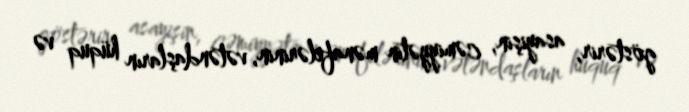
göstərir, asayişin, cəmiyyətin mənafelərinin, vətəndaşların hüquq və